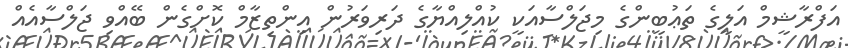
އަފްރާޝީމް އަލީގެ ތަޢުބީންގެ މިޖަލްސާއަކީ ކުއްލިއްޔާގެ ދަރިވަރުން އިންތިޒާމް ކޮށްގެން ބޭއްވި ޖަލްސާއެއް